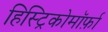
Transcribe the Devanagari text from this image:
हिस्ट्रिकोमॉर्फ़ा